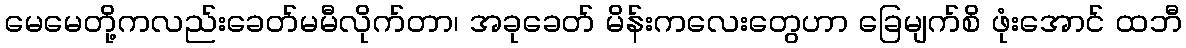
မေမေတို့ကလည်းခေတ်မမီလိုက်တာ၊ အခုခေတ် မိန်းကလေးတွေဟာ ခြေမျက်စိ ဖုံးအောင် ထဘီ